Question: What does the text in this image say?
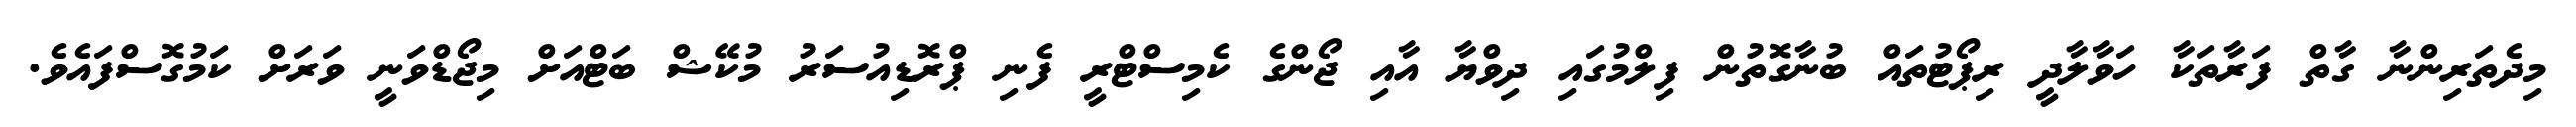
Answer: މިދެތަރިންނާ ގާތް ފަރާތަކާ ހަވާލާދީ ރިޕޯޓުތައް ބުނާގޮތުން ފިލްމުގައި ދިވްޔާ އާއި ޖޯންގެ ކެމިސްޓްރީ ފެނި ޕްރޮޑިއުސަރު މުކޭޝް ބަޓްއަށް މިޖޯޑްވަނީ ވަރަށް ކަމުގޮސްފައެވެ.